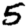
Digit: 5